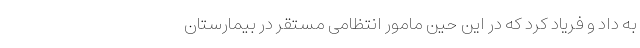
به داد و فریاد کرد که در این حین مامور انتظامی مستقر در بیمارستان